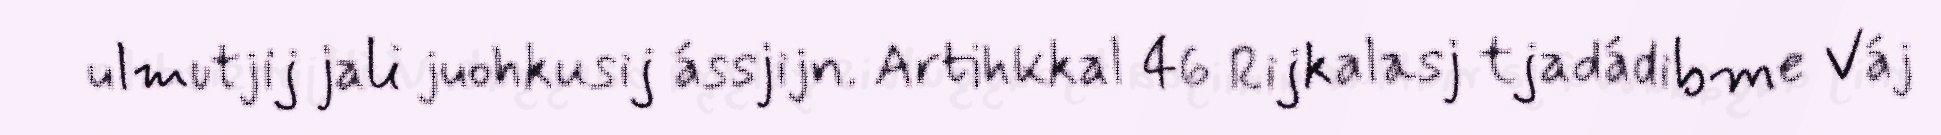
ulmutjij jali juohkusij ássjijn. Artihkkal 46 Rijkalasj tjadádibme Váj